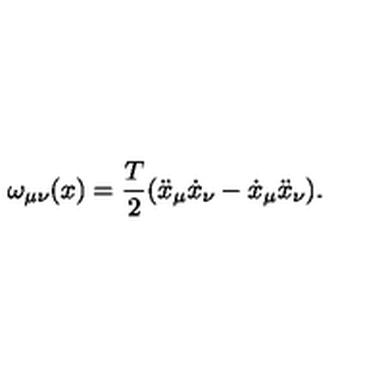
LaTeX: \omega _ { \mu \nu } ( x ) = { \frac { T } { 2 } } ( \ddot { x } _ { \mu } \dot { x } _ { \nu } - \dot { x } _ { \mu } \ddot { x } _ { \nu } ) .